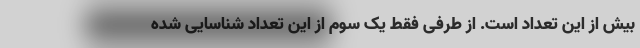
بیش از این تعداد است. از طرفی فقط یک سوم از این تعداد شناسایی شده